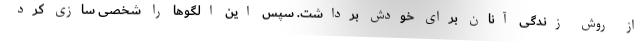
از روش زندگی آنان برای خودش برداشت. سپس این الگوها را شخصی سازی کرد